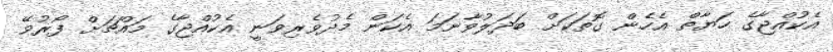
އެކުއްޖާގެ ހަޔާތް އެހެން ގޮތަކަށް ބަދަލުވާނަމަ އެކަން މެދުވެރިވަނީ އެކުއްޖާގެ މައްޗަށް ފޯރުވޭ